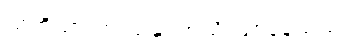
သတို့သားက သူနှင့်အသိ ဖြစ်နေသည်။